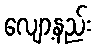
လျော့နည်း